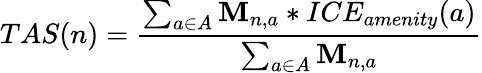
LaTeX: {TAS}(n)=\frac{\sum_{a\in A}\textbf{M}_{n,a}*ICE_{amenity}(a)}{\sum_{a\in A}\textbf{M}_{n,a}}